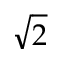
\sqrt { 2 }